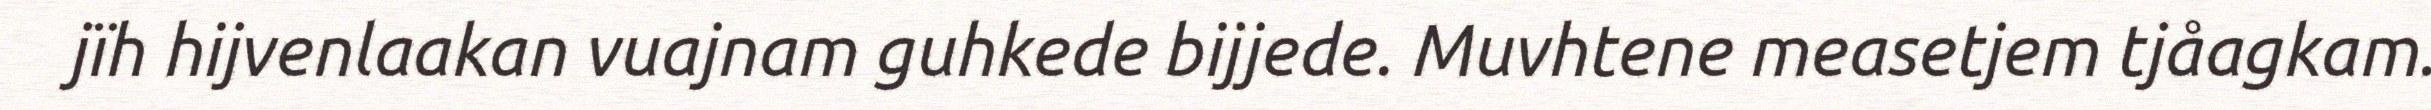
jïh hijvenlaakan vuajnam guhkede bijjede. Muvhtene measetjem tjåagkam.